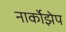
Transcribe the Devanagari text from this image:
नार्कोझेप